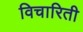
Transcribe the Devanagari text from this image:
विचारिती